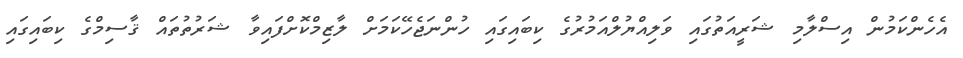
އެހެންކަމުން އިސްލާމި ޝަރީއަތުގައި ވަލިއްޔުލްއަމުރުގެ ކިބައިގައި ހުންނަޖެހޭކަމަށް ލާޒިމްކޮށްފައިވާ ޝަރުތުތައް ޤާސިމްގެ ކިބައިގައި